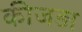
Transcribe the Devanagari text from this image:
कीजड़ा